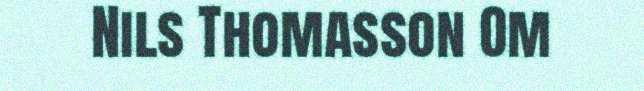
Nils Thomasson Om